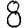
Digit: 8